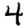
Digit: 4